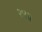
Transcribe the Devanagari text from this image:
२४॥